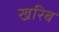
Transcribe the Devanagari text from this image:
खरिब